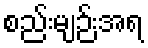
စည်းမျဉ်းအရ